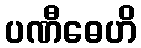
ပဏီဓေဟိ